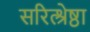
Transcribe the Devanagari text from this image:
सरित्श्रेष्ठा